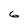
Character: 6